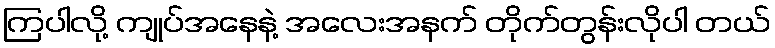
ကြပါလို့ ကျုပ်အနေနဲ့ အလေးအနက် တိုက်တွန်းလိုပါ တယ်